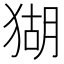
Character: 猢